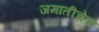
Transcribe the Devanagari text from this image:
जमातीचेच